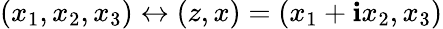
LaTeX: (x_{1},x_{2},x_{3})\leftrightarrow(z,x)=(x_{1}+\mathbf{i}x_{2},x_{3})